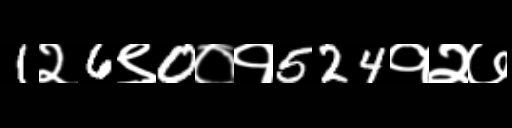
Text: 1२6९0०१524१२७